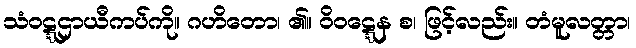
သံဝဋ္ဋဌာယီကပ်ကို။ ဂဟိတော၊ ၏။ ဝိဝဋ္ဋေန စ၊ ဖြင့်လည်း။ တံမူလတ္တာ၊